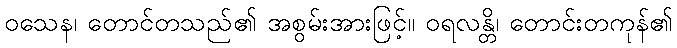
ဝသေန၊ တောင်တသည်၏ အစွမ်းအားဖြင့်။ ဝရလန္တိ၊ တောင်းတကုန်၏